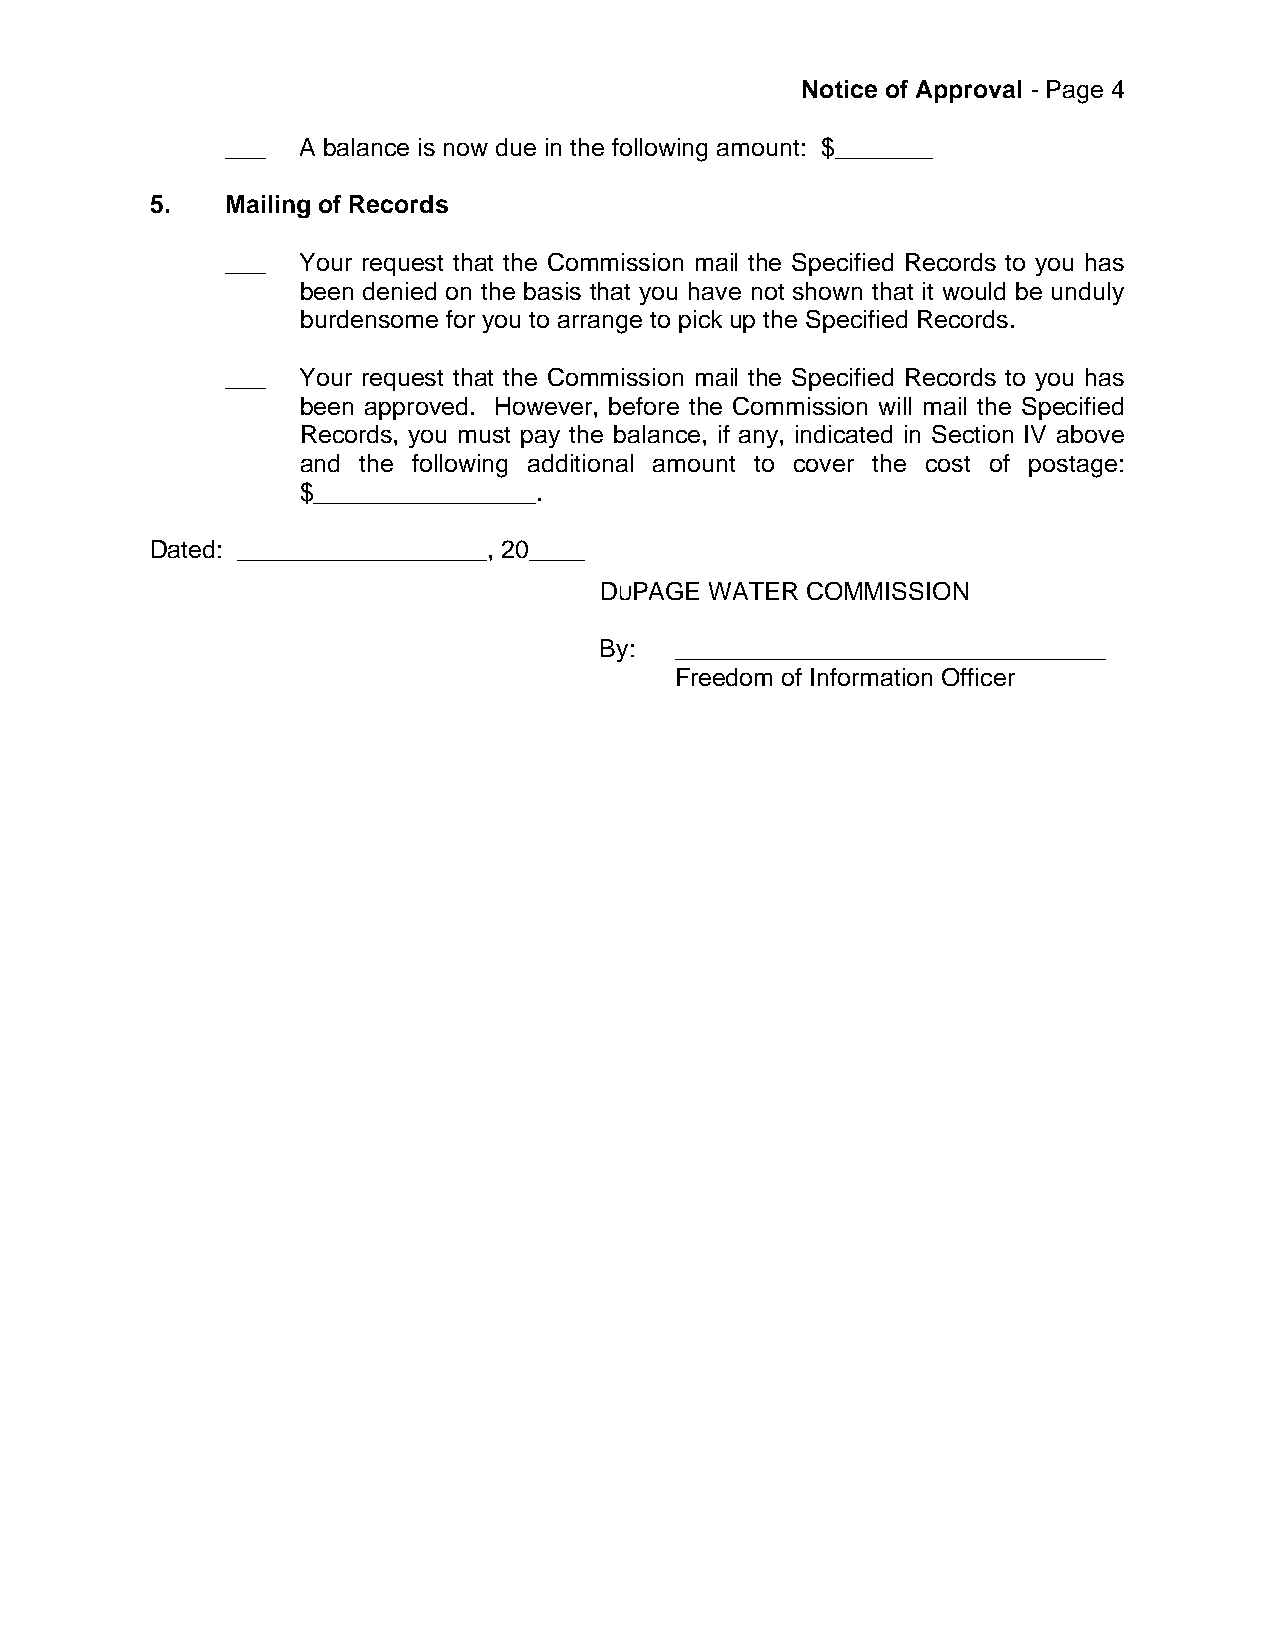
Notice of Approval - Page 4
 ___  A balance is now due in the following amount: $_______
 5.   Mailing of Records
 ___  Your request that the Commission mail the Specified Records to you has
 been denied on the basis that you have not shown that it would be unduly
 burdensome for you to arrange to pick up the Specified Records.
 ___  Your request that the Commission mail the Specified Records to you has
 been approved. However, before the Commission will mail the Specified
 Records, you must pay the balance, if any, indicated in Section IV above
 and the following additional amount to cover the cost of postage:
 $________________.
 Dated: __________________, 20____
 DUPAGE WATER COMMISSION
 By:  _______________________________
 Freedom of Information Officer